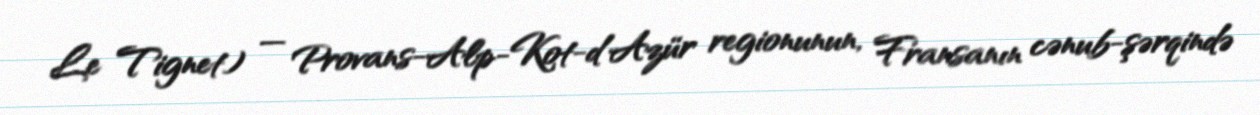
Le Tignet) — Provans-Alp-Kot-d'Azür regionunun, Fransanın cənub-şərqində